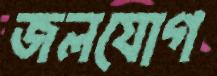
জলযোগ